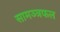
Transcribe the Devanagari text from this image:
सामञ्त्रफल